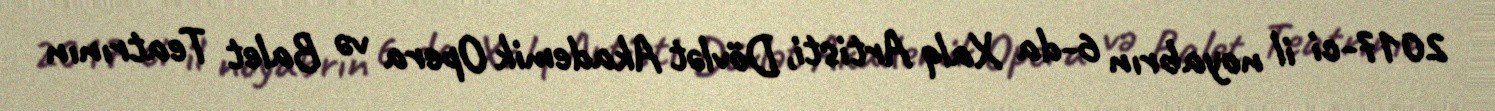
2017-ci il noyabrın 6-da Xalq Artisti, Dövlət Akademik Opera və Balet Teatrının